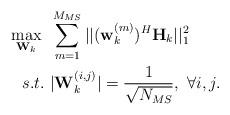
LaTeX: \begin{align*}\begin{aligned} \max_{\mathbf{W}_k}~&\sum_{m=1}^{M_{MS}}||(\mathbf{w}_k^{(m)})^H\mathbf{H}_k||_1^2 \\ s.t.~&|\mathbf{W}_k^{(i,j)}| = \frac{1}{\sqrt{N_{MS}}},~\forall i,j.\end{aligned}\end{align*}